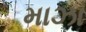
માઝા